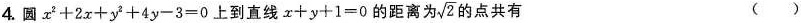
4.圆$$x^{2}+2x+y^{2}+4y-3=0$$上到直线$$x+y+1=0$$的距离为\sqrt{2}的点共有 ()